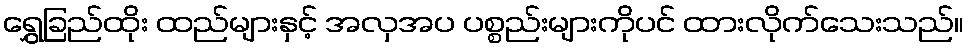
ရွှေခြည်ထိုး ထည်များနှင့် အလှအပ ပစ္စည်းများကိုပင် ထားလိုက်သေးသည်။